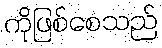
ကိုဖြစ်စေသည်